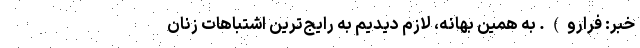
خبر: فرارو). به همین بهانه، لازم دیدیم به رایج‌ترین اشتباهات زنان